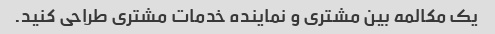
یک مکالمه بین مشتری و نماینده خدمات مشتری طراحی کنید.